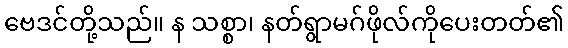
ဗေဒင်တို့သည်။ န သစ္စာ၊ နတ်ရွာမဂ်ဖိုလ်ကိုပေးတတ်၏